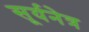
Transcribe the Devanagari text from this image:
सूर्यनेत्र